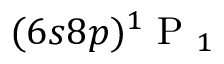
( 6 s 8 p ) \ensuremath { { ^ 1 \mathrm { ~ P ~ } _ { 1 } } }